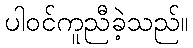
ပါဝင်ကူညီခဲ့သည်။